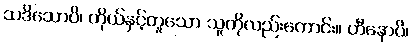
သဒိသောပိ၊ ကိုယ်နှင့်တူသော သူကိုလည်းကောင်း။ ဟီနောပိ၊